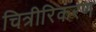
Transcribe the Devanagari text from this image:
चित्रीरिकरण